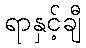
ရာနှင့်ချီ